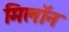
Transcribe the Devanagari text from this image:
मिलॉन